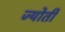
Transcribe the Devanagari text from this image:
ज्‍योती